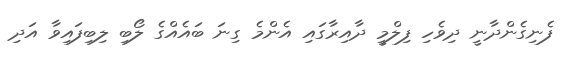
ފެނިގެންދާނީ ދިވެހި ފިލްމީ ދާއިރާގައި އެންމެ ގިނަ ބައެއްގެ ލޯބި ލިބިފައިވާ އަދި